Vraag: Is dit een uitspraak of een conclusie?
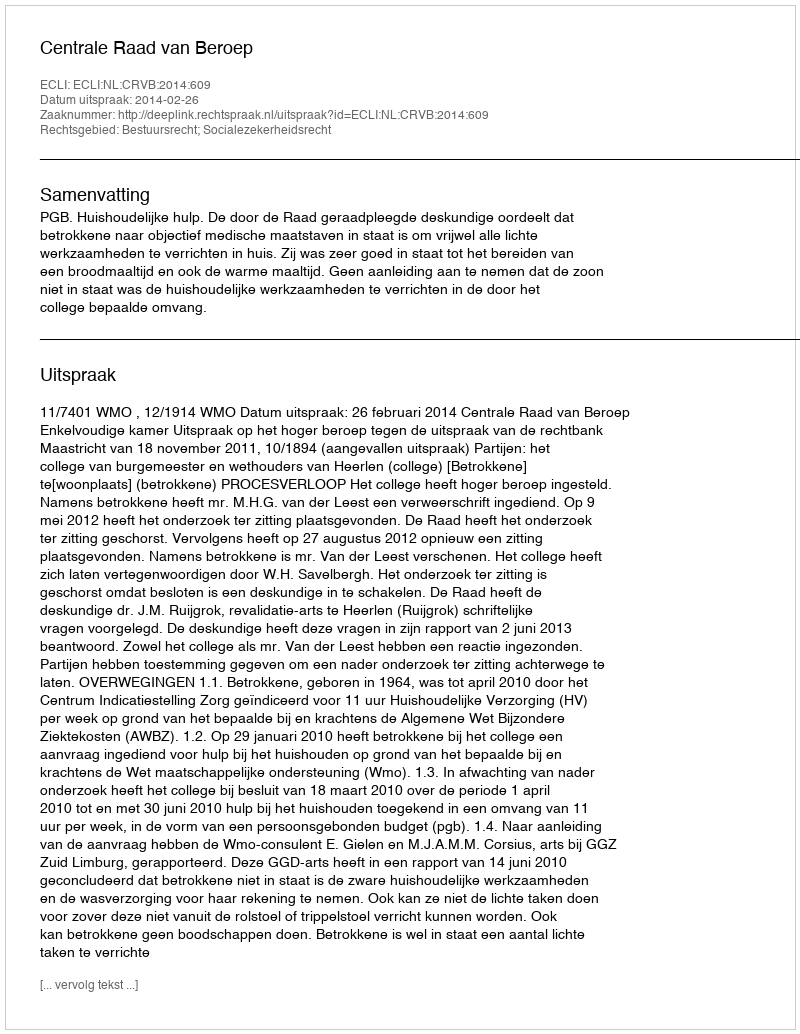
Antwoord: Uitspraak